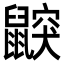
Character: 鼵